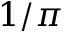
1 / \pi